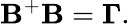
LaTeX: {\mathbf B}^{+}{\mathbf B}={\mathbf\Gamma}.